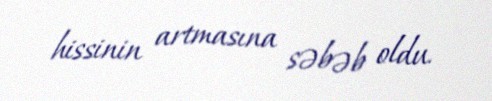
hissinin artmasına səbəb oldu.